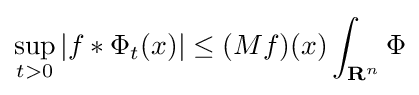
\sup _{t>0}|f\ast \Phi _{t}(x)|\leq (Mf)(x)\int _{\mathbf {R} ^{n}}\Phi